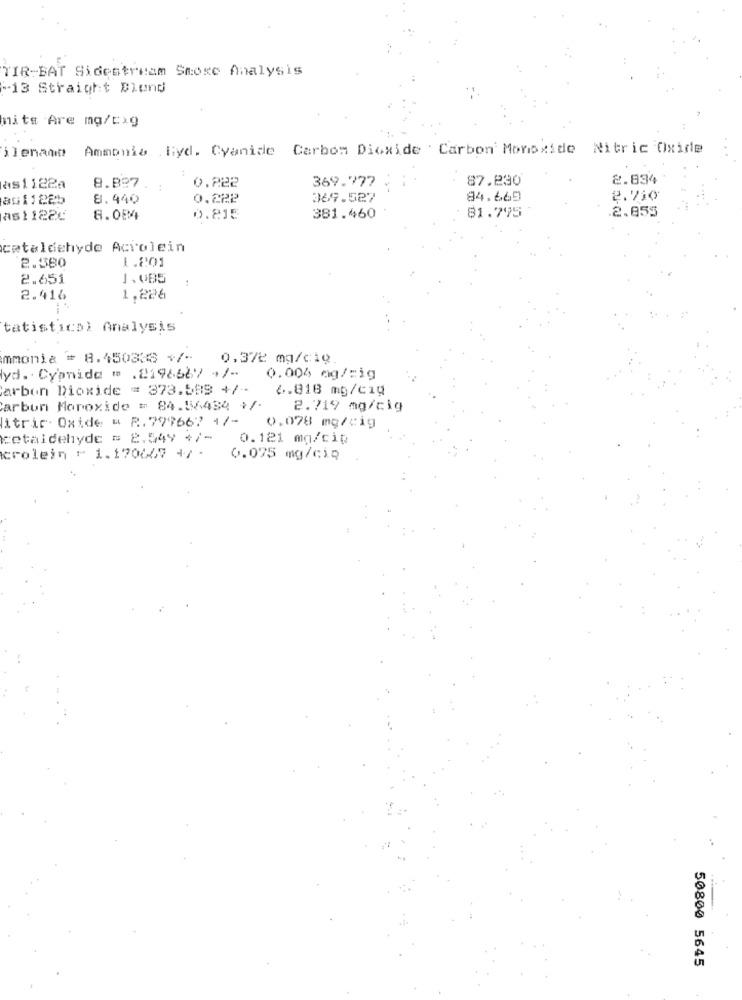
TIR-BAT Sidestream Smose Analysis
-13 Straight Dlund
nits Are mg/c)g
Ammonia .Byd. Cyanide Carbon Dioxide ' Carbon Monoxide Nitric Oxide
ilenant
87.230
2.834
as1122a
8.827.
0.222
369.777
BG1122b
8.440
0.222
369.527
84.669
2.710
81.795
2.855
as1 122€
8.084
0.815
381.460
cetaldehyde Acrolein
1.201
2.380
2.651
1.085
:
2.416
1,286
tatistica) Analysis
mmonia # 8.450338 +/-
0.372 mg/cig.
lyd. Cyanide " .2198687 +/-
0.004 mg/=ig
Carbon Dioxide = 373.583 +/-
6.818 mg/c1g
carbon Monoxide = 84.56434 +/-
2.719 mg/cig
litric. Oxide & R. 799667 +/-
0.078 mg/cig
cetaldehyde = 2.549 +/-
0.121 mg/cit
crolein - 1.170067 +/ -
0.075 mg/cip
50800 5645